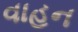
વાહન